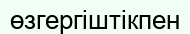
өзгергіштікпен